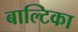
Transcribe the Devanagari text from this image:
बाल्टिका